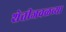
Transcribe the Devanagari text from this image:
शेतीजवळच्या